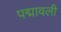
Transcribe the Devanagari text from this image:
पद्मावली